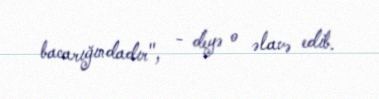
bacarığındadır", - deyə o əlavə edib.